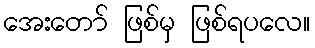
အေးတော် ဖြစ်မှ ဖြစ်ရပလေ။